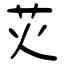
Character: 苂